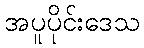
အပူပိုင်းဒေသ